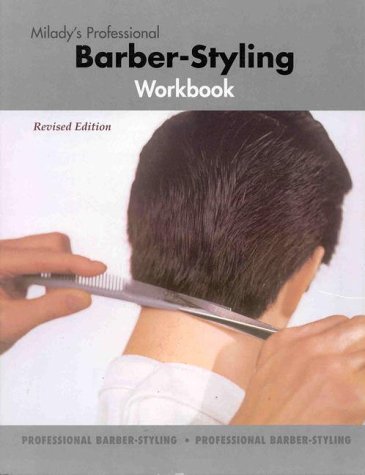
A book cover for Milady's Professional Babrber-Styling Workbook; Milady; Health, Fitness & Dieting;